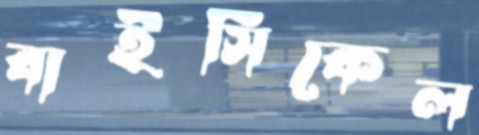
বাইসিকেল